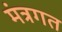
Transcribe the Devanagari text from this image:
मंत्रगत